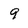
Character: 9